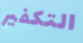
التكفير